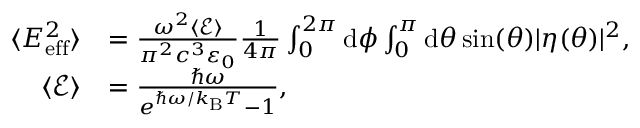
\begin{array} { r l } { \langle E _ { \mathrm { e f f } } ^ { 2 } \rangle } & { = \frac { \omega ^ { 2 } \langle \mathcal { E } \rangle } { \pi ^ { 2 } c ^ { 3 } \varepsilon _ { 0 } } \frac { 1 } { 4 \pi } \int _ { 0 } ^ { 2 \pi } \mathrm { d } \phi \int _ { 0 } ^ { \pi } \mathrm { d } \theta \sin ( \theta ) | \eta ( \theta ) | ^ { 2 } , } \\ { \langle \mathcal { E } \rangle } & { = \frac { \hbar \omega } { e ^ { \hbar \omega / k _ { \mathrm { B } } T } - 1 } , } \end{array}